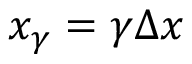
x _ { \gamma } = \gamma \Delta { } x